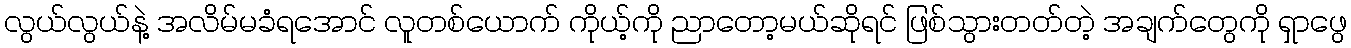
လွယ်လွယ်နဲ့ အလိမ်မခံရအောင် လူတစ်ယောက် ကိုယ့်ကို ညာတော့မယ်ဆိုရင် ဖြစ်သွားတတ်တဲ့ အချက်တွေကို ရှာဖွေ